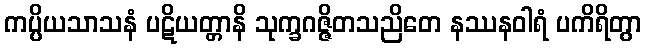
ကပ္ပိယသာသနံ ပဋိယတ္တာနိ သုက္ခဂဇ္ဇိတသညိတေ နဿနဝါရံ ပကိရိတွာ